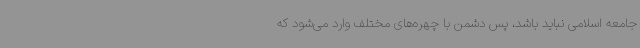
جامعه اسلامی نباید باشد، پس دشمن با چهره‌های مختلف وارد می‌شود که